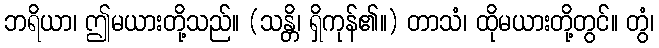
ဘရိယာ၊ ဤမယားတို့သည်။ (သန္တိ၊ ရှိကုန်၏။) တာသံ၊ ထိုမယားတို့တွင်။ တွံ၊